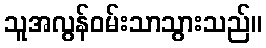
သူအလွန်ဝမ်းသာသွားသည်။